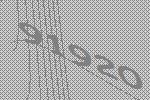
91920